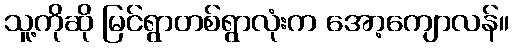
သူ့ကိုဆို မြင်ရွာတစ်ရွာလုံးက အော့ကျောလန်။